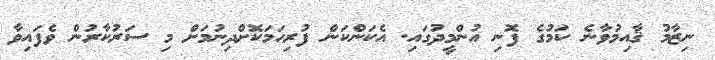
ނިޒާމު ޤާއިމުވާނެ ކަމުގެ ފޮނި އުންމީދުގައި. އެކަންކަން ފުރިހަމަކޮށްދިނުމަށް މި ސަރުކާރުން ވެފައިވާ